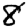
Digit: 8